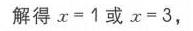
解得\(x = 1\)或\(x = 3\)